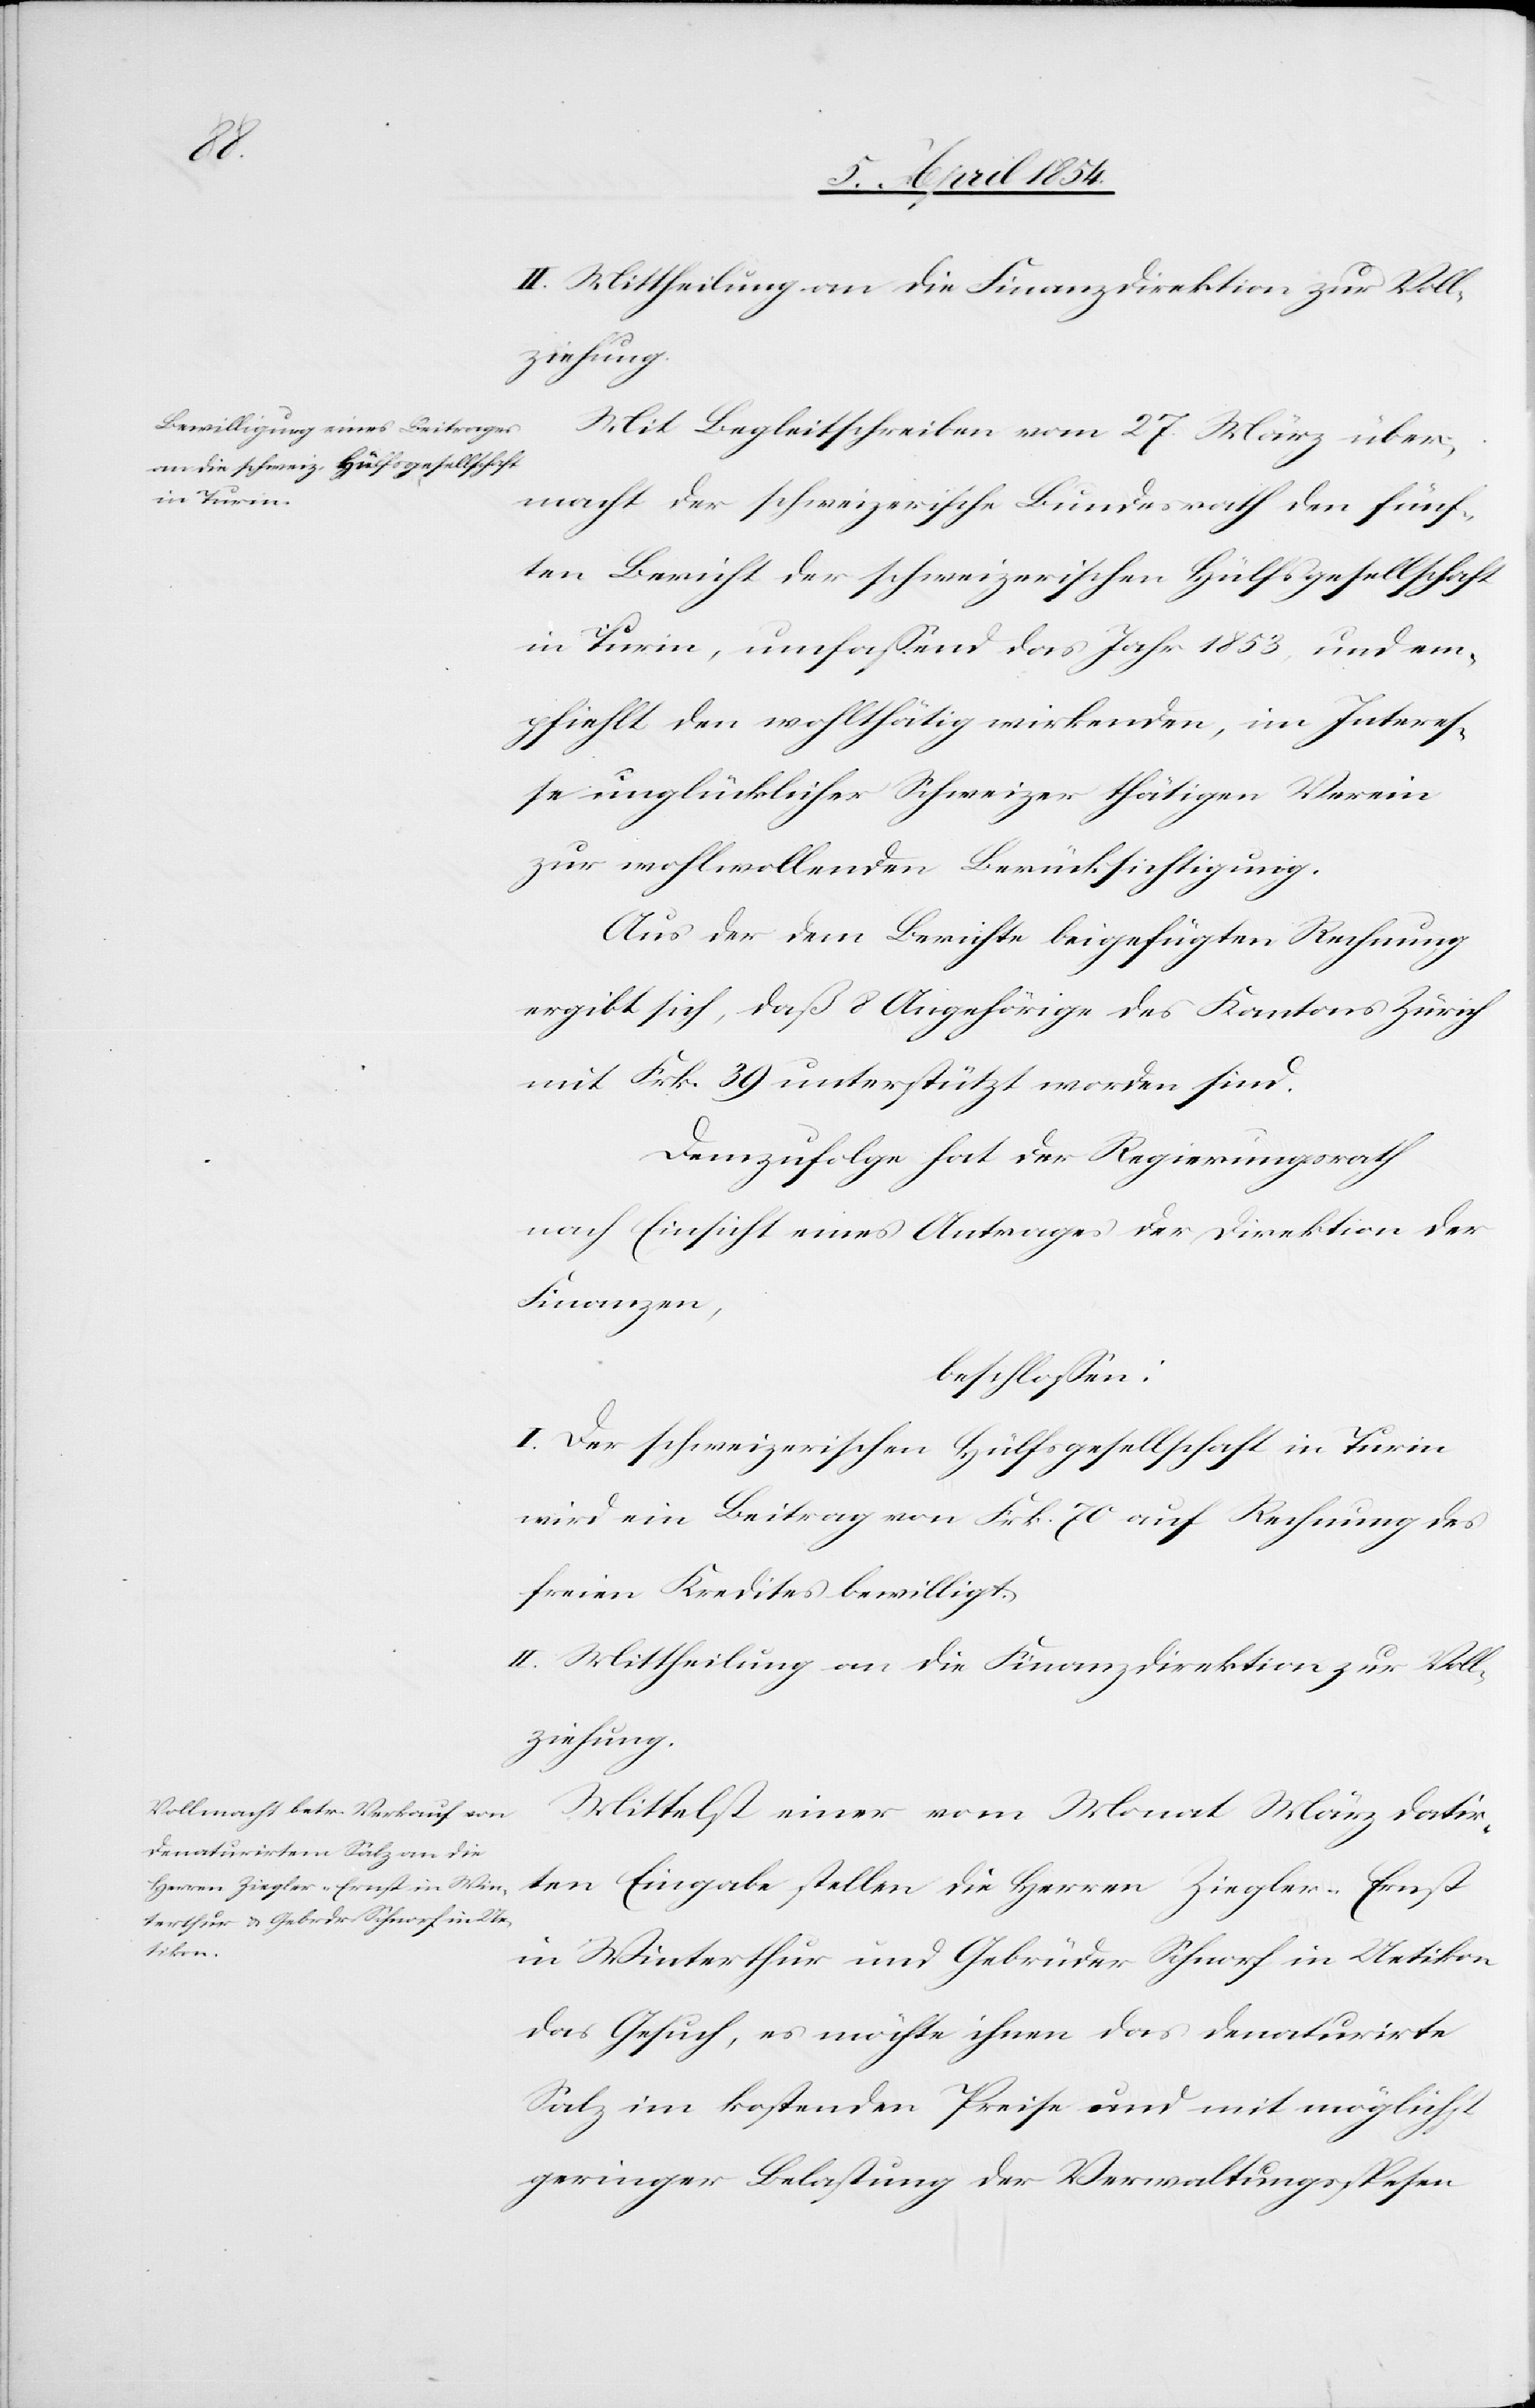
II. Mittheilung an die Finanzdirektion zur Voll¬
ziehung.
Mit Begleitschreiben vom 27. März über¬
macht der schweizerische Bundesrath den fünf¬
ten Bericht der schweizerischen Hülfsgesellschaft
in Turin, umfaßend das Jahr 1853, und em¬
pfiehlt den wohlthätig wirkenden, im Interes¬
se unglücklicher Schweizer thätigen Verein
zur wohlwollenden Berücksichtigung.
Aus der dem Berichte beigefügten Rechnung
ergibt sich, daß 8 Angehörige des Kantons Zürich
mit Frk. 39 unterstützt worden sind.
Demzufolge hat der Regierungsrath
nach Einsicht eines Antrages der Direktion der
Finanzen,
beschloßen:
I. Der schweizerischen Hülfsgesellschaft in Turin
wird ein Beitrag von Frk. 70 auf Rechnung des
freien Kredites bewilligt.
II. Mittheilung an die Finanzdirektion zur Voll¬
ziehung.
Mittelst einer vom Monat März datir¬
ten Eingabe stellen die Herren Ziegler-Ernst
in Winterthur und Gebrüder Schnorf in Uetikon
das Gesuch, es möchte ihnen das denaturirte
Salz im kostenden Preise und mit möglichst
geringer Belastung der Verwaltungsspesen